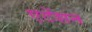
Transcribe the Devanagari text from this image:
एटेंशन